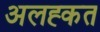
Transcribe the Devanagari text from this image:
अलह्कत